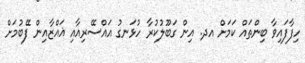
ހިފާފައިވާ ބިންތައް ކަމަށް އދ. އިން ގަބޫލުކުރާ ހުޅަނގު އައްސޭރިއާއި ޣައްޒާއިން ފޭބުމަށް